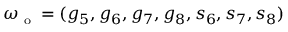
\boldsymbol { \omega } _ { \textnormal { \scriptsize o } } = ( g _ { 5 } , g _ { 6 } , g _ { 7 } , g _ { 8 } , s _ { 6 } , s _ { 7 } , s _ { 8 } )